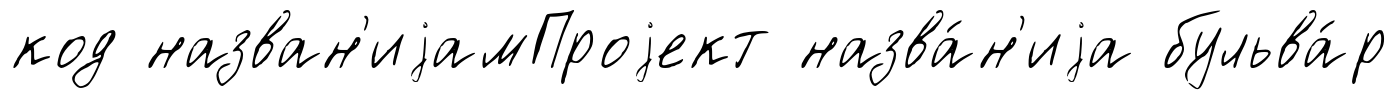
код назван'иjамПроjект назва́н'иjа бульва́р